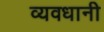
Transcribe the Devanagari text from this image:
व्यवधानी